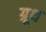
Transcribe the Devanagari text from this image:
ग्रूथ